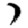
Digit: 7